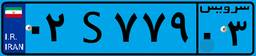
۰۲S۷۷۹۰۳